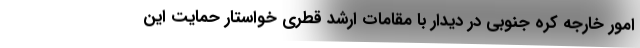
امور خارجه کره جنوبی در دیدار با مقامات ارشد قطری خواستار حمایت این